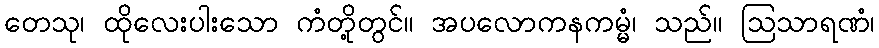
တေသု၊ ထိုလေးပါးသော ကံတို့တွင်။ အပလောကနကမ္မံ၊ သည်။ ဩသာရဏံ၊